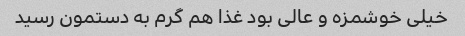
خیلی خوشمزه و عالی بود غذا هم گرم به دستمون رسید